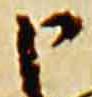
申